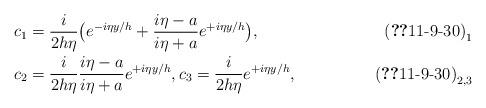
LaTeX: \begin{align*}&c_1 =\frac{i}{2h\eta}\bigl(e^{-i\eta y/h} +\frac{i\eta-a}{i\eta + a}e^{+i\eta y/h}\bigr),\tag*{$\textup{(\ref*{11-9-30})}_1$}\\&c_2 = \frac{i}{2h\eta} \frac{i\eta-a}{i\eta + a} e^{+i\eta y/h}, c_3 = \frac{i}{2h\eta} e^{+i\eta y/h},\tag*{$\textup{(\ref*{11-9-30})}_{2,3}$}\end{align*}